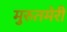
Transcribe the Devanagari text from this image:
मुरुतमेरी